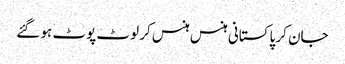
جان کر پاکستانی ہنس ہنس کر لوٹ پوٹ ہو گئے